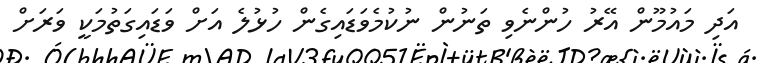
އަދި މައުމޫން އޭރު ހުންނެވި ތަނުން ނުކުމެވަޑައިގެން ހުޅުލެ އަށް ވަޑައިގަތުމަކީ ވަރަށް